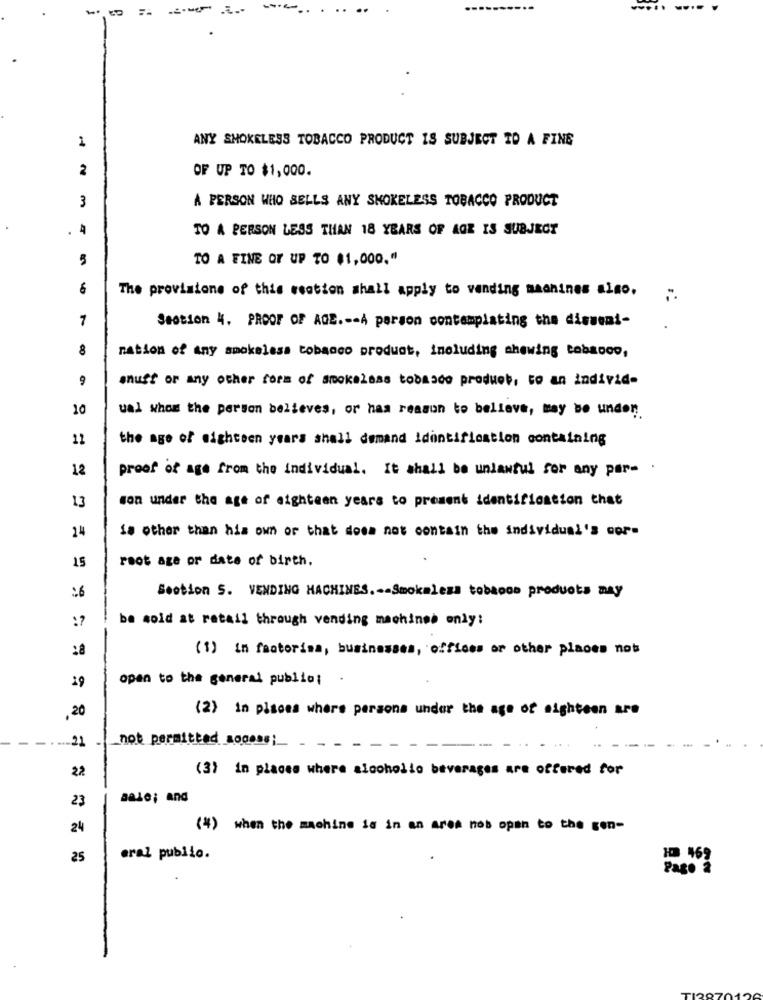
..
ANY SHOKELESS TOBACCO PRODUCT IS SUBJECT TO A FINE
1
2
OF UP TO $1,000.
A PERSON WHO SELLS ANY SMOKELESS TOBACCO PRODUCT
3
.
. 4
TO A PERSON LESS THAN 18 YEARS OF AGE IS SUBJECT
5
TO A FINE OF UP TO $1,000."
6
The provisions of this section shall apply to vending machines also.
7
Section 4. PROOF OF AGE .-- A person contemplating the disseni-
8
nation of any smokeless tobacco product, including chewing tobacco,
9
sust or any other form of smokeless tobmado produet, to an individ-
10
ual whom the person believes, or has reason to believe, may be undon.
12
the age of mighteen years shall demand identification containing
12
proof of age from the individual. It shall be unlawful for any par- .
13
son under the age of eighteen years to prosent identification that
24
is other than his own or that does not contain the individual's wor-
root age or date of birth.
15
:6
Section S. VENDING MACHINES .-- Smokaleza tobacco products may
:?
be sold at retail through vending machines only:
:8
(1) in fastorina, businesses, offices or other places not
open to the general public;
.
29
.20
(2) in places where persons under the age of eighteen are
-21
_not permitted a00096;
22
(3) in places where alcoholic beverages are offered for
aale; and
23
24
(4) when the machine is in an area nos open to the gen-
25
eral publio.
H0 469
Pago à